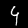
Label: 4